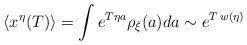
LaTeX: \begin{align*} \langle {x^\eta(T)} \rangle = \int e^{T\eta a} \rho_{\bar{\xi} } (a) da\sim e^{T \, w(\eta)}\end{align*}